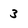
Character: 3